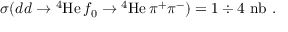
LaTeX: \sigma ( d d \rightarrow \mathrm { ^ 4 H e } \, f _ { 0 } \rightarrow \mathrm { ^ 4 H e } \, \pi ^ { + } \pi ^ { - } ) = 1 \div 4 ~ \mathrm { n b } \ .